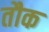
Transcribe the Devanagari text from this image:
तौक